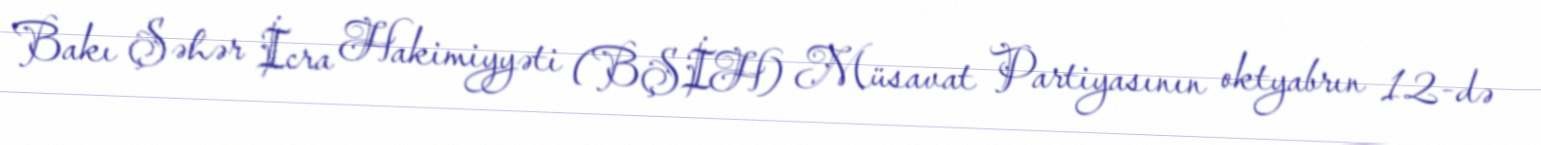
Bakı Şəhər İcra Hakimiyyəti (BŞİH) Müsavat Partiyasının oktyabrın 12-də